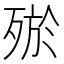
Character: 𣨝